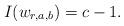
LaTeX: \begin{align*} I(w_{r,a,b}) = c-1 .\end{align*}